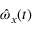
\hat { \omega } _ { x } ( t )